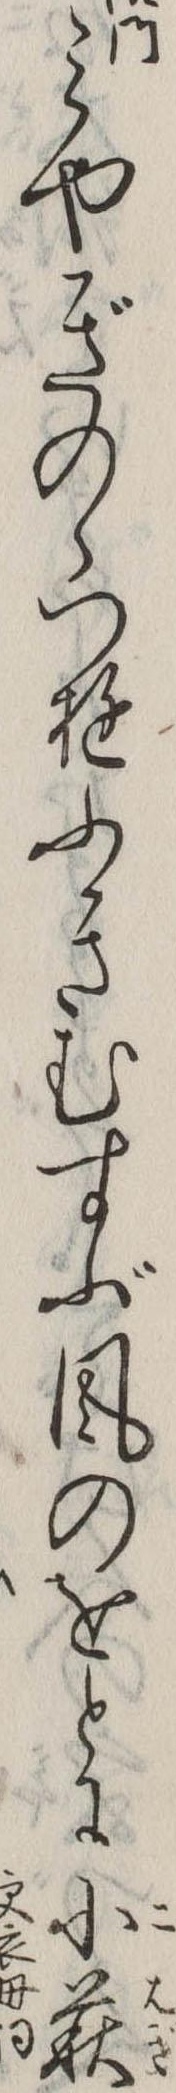
みやぎのゝつゆふきむすぶ風のをとに小萩